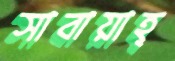
সাবায়াহ্